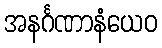
အနင်္ဂဏာနံယေဝ